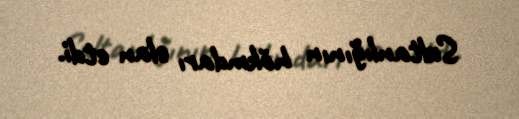
Sultanlığının hökmdarı elan etdi.